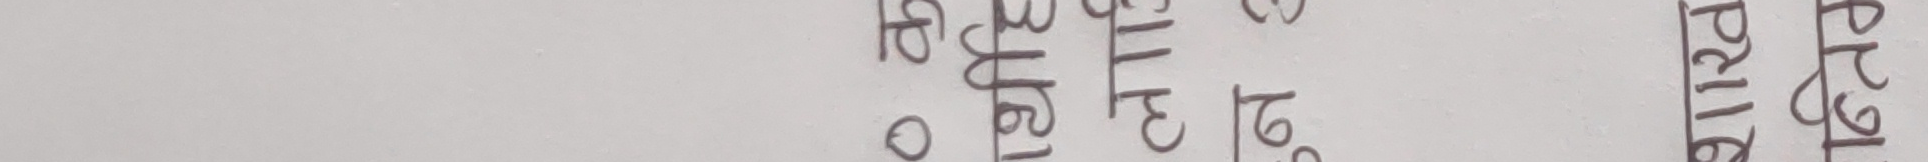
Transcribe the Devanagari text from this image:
अप्रिल १६ को